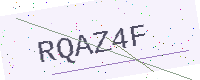
Text: RQAZ4F